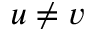
u \neq v